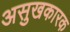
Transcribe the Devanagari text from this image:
असुखकारक